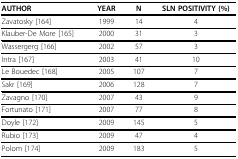
<table><thead><tr><td><b>AUTHOR</b></td><td><b>YEAR</b></td><td><b>N</b></td><td><b>SLN POSITIVITY (%)</b></td></tr></thead><tbody><tr><td>Zavatosky [164]</td><td>1999</td><td>14</td><td>4</td></tr><tr><td>Klauber-De More [165]</td><td>2000</td><td>31</td><td>3</td></tr><tr><td>Wassergerg [166]</td><td>2002</td><td>57</td><td>3</td></tr><tr><td>Intra [167]</td><td>2003</td><td>41</td><td>10</td></tr><tr><td>Le Bouedec [168]</td><td>2005</td><td>107</td><td>7</td></tr><tr><td>Sakr [169]</td><td>2006</td><td>128</td><td>7</td></tr><tr><td>Zavagno [170]</td><td>2007</td><td>43</td><td>9</td></tr><tr><td>Fortunato [171]</td><td>2007</td><td>77</td><td>8</td></tr><tr><td>Doyle [172]</td><td>2009</td><td>145</td><td>5</td></tr><tr><td>Rubio [173]</td><td>2009</td><td>47</td><td>4</td></tr><tr><td>Polom [174]</td><td>2009</td><td>183</td><td>5</td></tr></tbody></table>